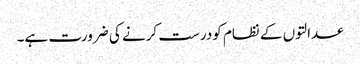
عدالتوں کے نظام کودرست کرنے کی ضرورت ہے۔